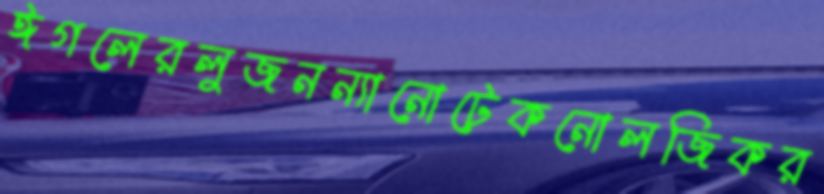
ঈগলেরলুজনন্যানোটেকনোলজিকর